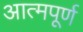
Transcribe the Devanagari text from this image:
आत्मपूर्ण